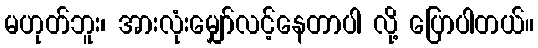
မဟုတ်ဘူး၊ အားလုံးမျှော်လင့်နေတာပါ လို့ ပြောပါတယ်။